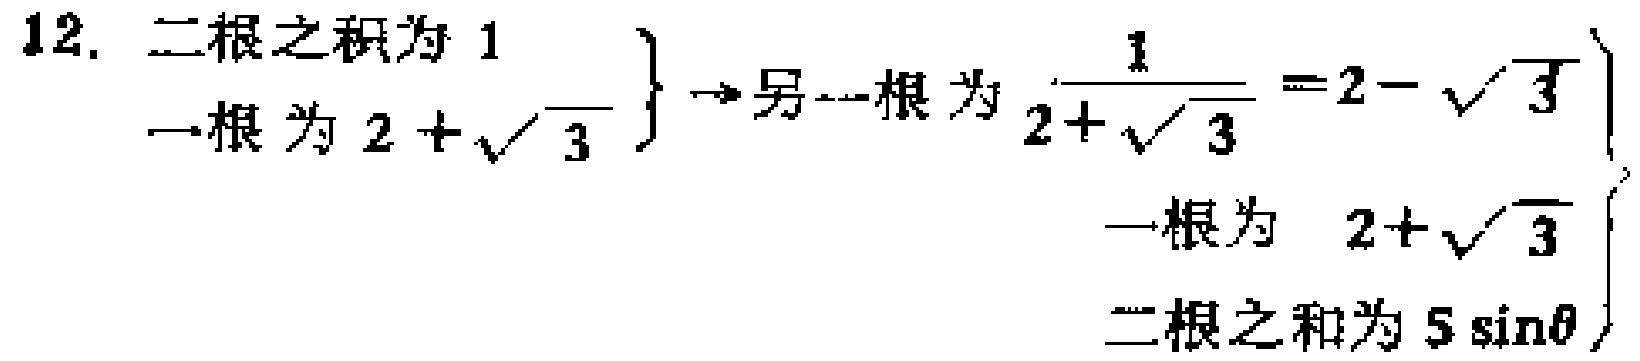
12. 二根之积为 \(1\)
一根为 \(2 + \sqrt{3}\) \(\} \to\)另一根为 \(\frac{1}{2 + \sqrt{3}} = 2 - \sqrt{3}\)
\(\left.\begin{array}{l}
\text{一根为 } 2 + \sqrt{3}\\
\text{二根之和为 } 5\sin\theta
\end{array}\right\}\)